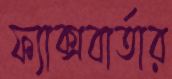
ফ্যাক্সবার্তার